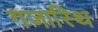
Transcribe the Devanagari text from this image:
गजास्थि